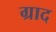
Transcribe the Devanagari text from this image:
ग्राद